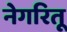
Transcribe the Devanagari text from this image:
नेगरितू